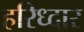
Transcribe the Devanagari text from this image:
हरिध्दार